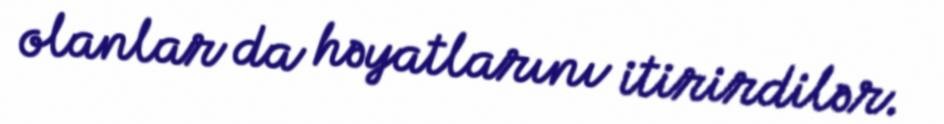
olanlar da həyatlarını itirirdilər.